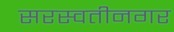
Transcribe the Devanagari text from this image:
सरस्वतीनगर